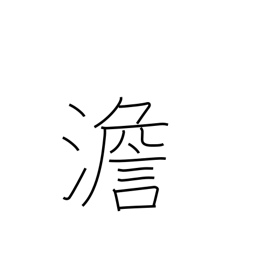
Meaning: bland